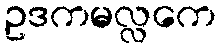
ဥဒကမလ္လကေ